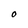
Character: 0